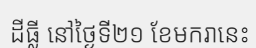
ដីធ្លី នៅថ្ងៃទី២១ ខែមករានេះ